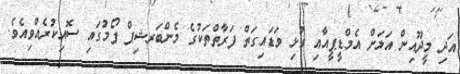
އަދި މީދޫއިން އަލަށް އެމްޑީޕީއާއި ގުޅި ވަޑައިގަތް ފަރާތްތަކުގެ މެންބަރޝިޕް ފޯމުގައި ސޮއިކުރެއްވިއެވެ.